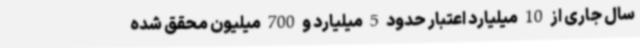
سال جاری از 10 میلیارد اعتبار حدود 5 میلیارد و 700 میلیون محقق شده